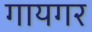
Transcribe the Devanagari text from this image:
गायगर